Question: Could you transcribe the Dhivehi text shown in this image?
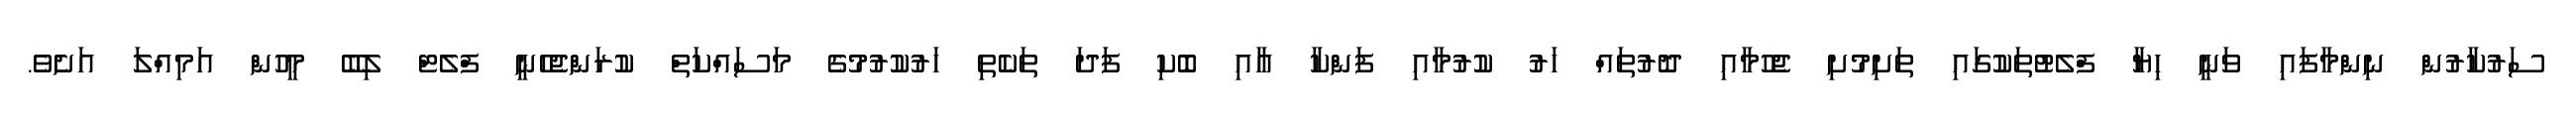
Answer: ސަރުކާރުން ނިންމާފައި ވަނީ ހިޔާ ފްލެޓުތަކުގައި ތަށިމުށި ޖެހުމާއި ދޮރުތައް ހަރު ކުރުމާއި ފަންކާ އާއި ބޮކި ފަދަ ތަކެތި ހަރުކުރުމުގެ މަސައްކަތް ކުރަންޖެހެނީ ފްލެޓް ލިބޭ މީހުން އަމިއްލަ އަށެވެ.